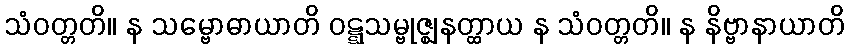
သံဝတ္တတိ။ န သမ္ဗောဓာယာတိ ဝဋ္ဋသမ္ဗုဇ္ဈနတ္ထာယ န သံဝတ္တတိ။ န နိဗ္ဗာနာယာတိ